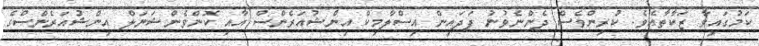
ކަމުގައިވާ ޒަކާތާއެވެ. ކުރިންވެސް ދެންނެވުނު ފަދައިން އިސްލާމިކް އިންޝުއަރެންސް އާއި ކޮންވެންޝަނަލް އިންޝުއަރެންސްގެ